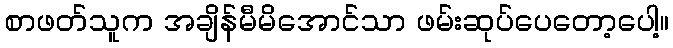
စာဖတ်သူက အချိန်မီမိအောင်သာ ဖမ်းဆုပ်ပေတော့ပေါ့။